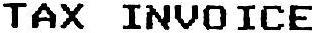
TAX INVOICE